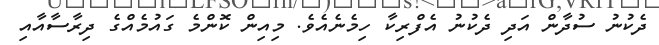
ދެކުނު ސުދާން އަދި ދެކުނު އެފްރިކާ ހިމެނެއެވެ. މިއިން ކޮންމެ ގައުމެއްގެ ދިރާސާއާއި